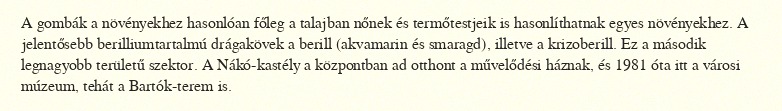
A gombák a növényekhez hasonlóan főleg a talajban nőnek és termőtestjeik is hasonlíthatnak egyes növényekhez. A jelentősebb berilliumtartalmú drágakövek a berill (akvamarin és smaragd), illetve a krizoberill. Ez a második legnagyobb területű szektor. A Nákó-kastély a központban ad otthont a művelődési háznak, és 1981 óta itt a városi múzeum, tehát a Bartók-terem is.